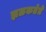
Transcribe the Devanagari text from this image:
झळकतेते